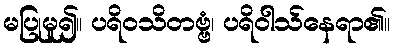
မပြုမူ၍။ ပရိဝသိတဗ္ဗံ၊ ပရိဝါသ်နေရာ၏။